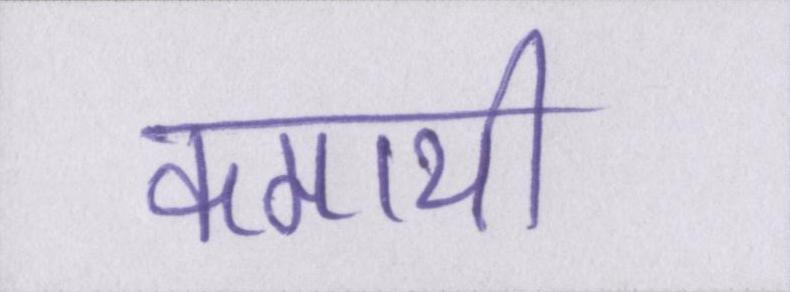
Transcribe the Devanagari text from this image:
कमायी